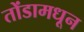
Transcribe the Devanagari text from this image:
तोंडामधून